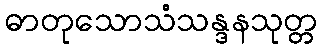
ဓာတုသောသံသန္ဒနသုတ္တ